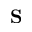
\mathbf { S }